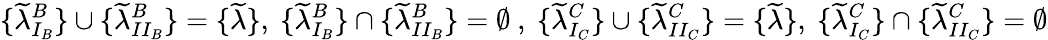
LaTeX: \{ \widetilde{\lambda}_{I_{B}}^{B}\} \cup\{ \widetilde{\lambda}_{II_{B}}^{B}\} =\{ \widetilde{\lambda}\} ,\ \{ \widetilde{\lambda}_{I_{B}}^{B}\} \cap\{ \widetilde{\lambda}_{II_{B}}^{B}\} =\emptyset\ ,\ \{ \widetilde{\lambda}_{I_{C}}^{C}\} \cup\{ \widetilde{\lambda}_{II_{C}}^{C}\} =\{ \widetilde{\lambda}\} ,\ \{ \widetilde{\lambda}_{I_{C}}^{C}\} \cap\{ \widetilde{\lambda}_{II_{C}}^{C}\} =\emptyset